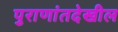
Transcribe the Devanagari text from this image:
पुराणांतदेखील